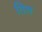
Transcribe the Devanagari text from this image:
तिल